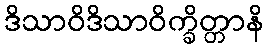
ဒိသာဝိဒိသာဝိက္ခိတ္တာနိ